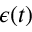
\epsilon ( t )